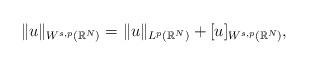
LaTeX: \begin{align*}\|u\|_{W^{s,p}(\mathbb{R}^N)}=\|u\|_{L^p(\mathbb{R}^N)}+[u]_{W^{s,p}(\mathbb{R}^N)},\end{align*}